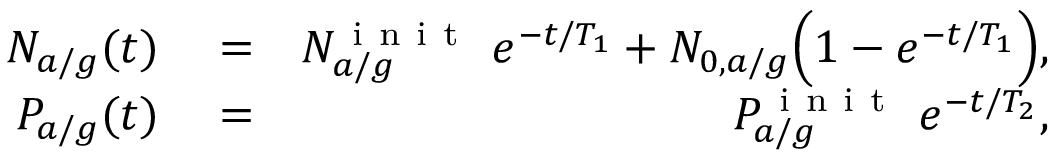
\begin{array} { r l r } { N _ { a / g } ( t ) } & { { } = } & { N _ { a / g } ^ { \mathrm { ~ i ~ n ~ i ~ t ~ } } \ e ^ { - t / T _ { 1 } } + N _ { 0 , a / g } \Big ( 1 - e ^ { - t / T _ { 1 } } \Big ) , } \\ { P _ { a / g } ( t ) } & { { } = } & { P _ { a / g } ^ { \mathrm { ~ i ~ n ~ i ~ t ~ } } \ e ^ { - t / T _ { 2 } } , } \end{array}